Bréfritari: Þórarinn Stefánsson
Dagsetning: A-1932-10-11
Skrifað á: Vesturheimi

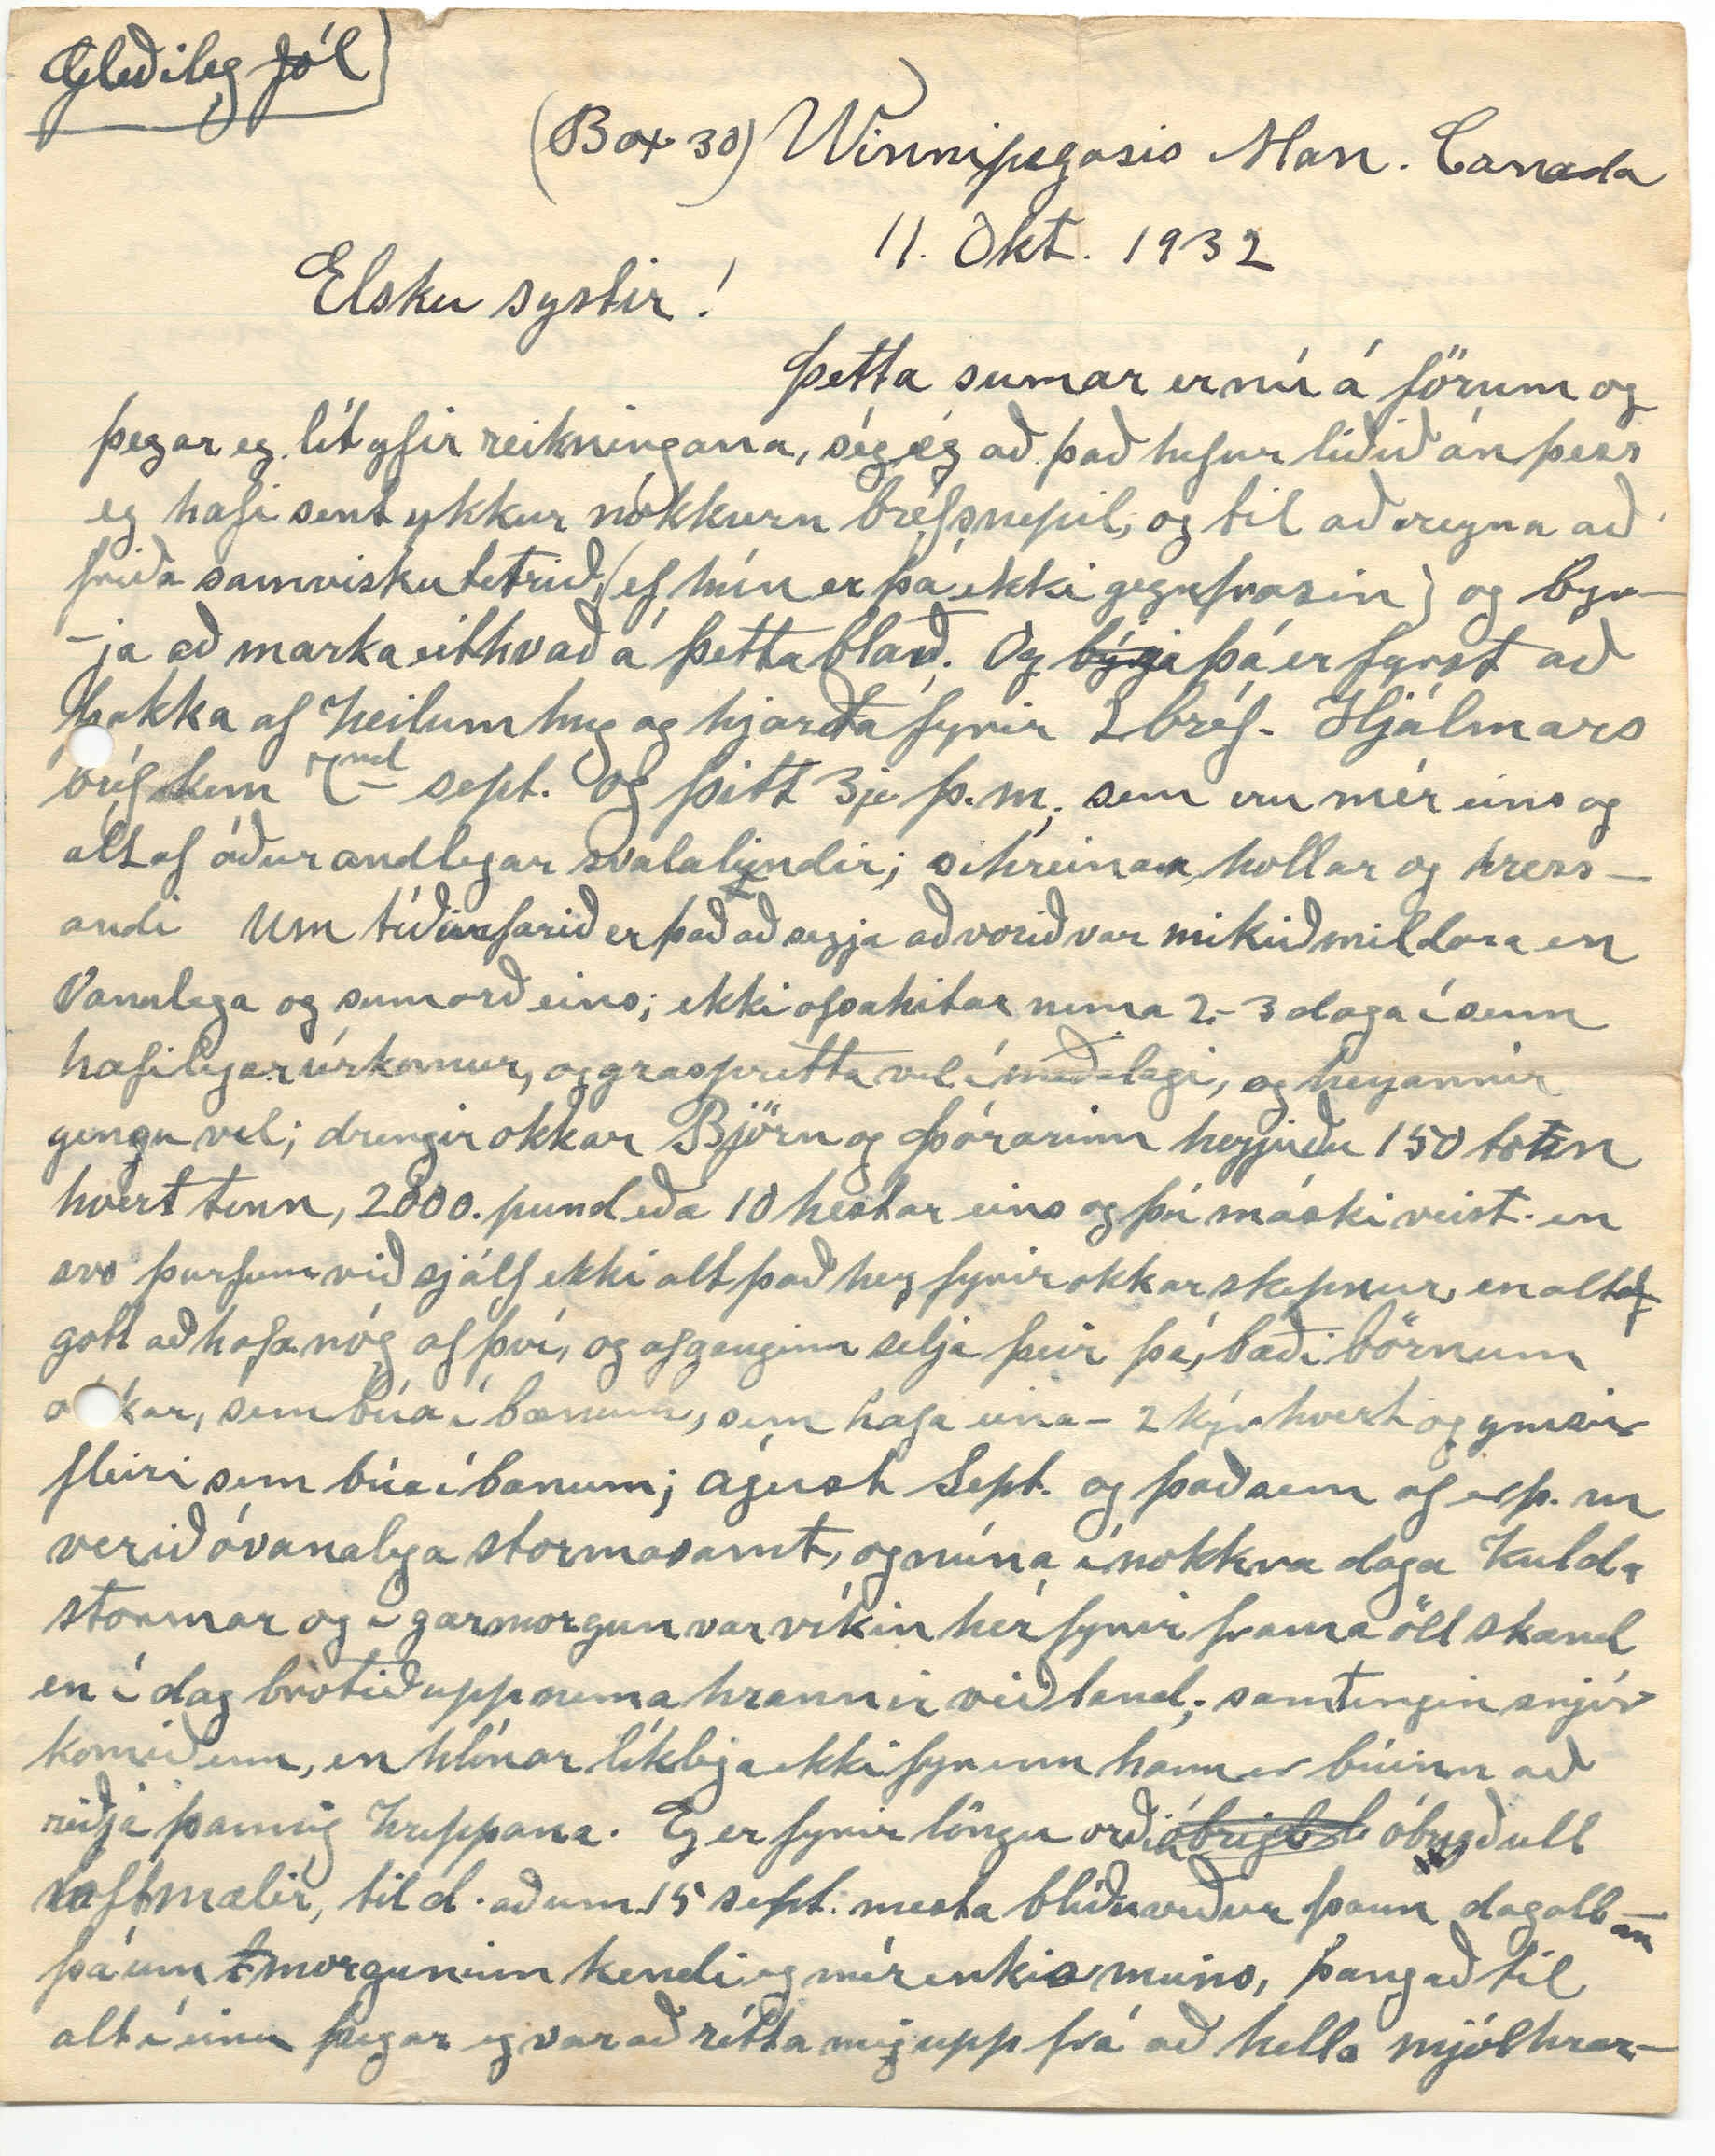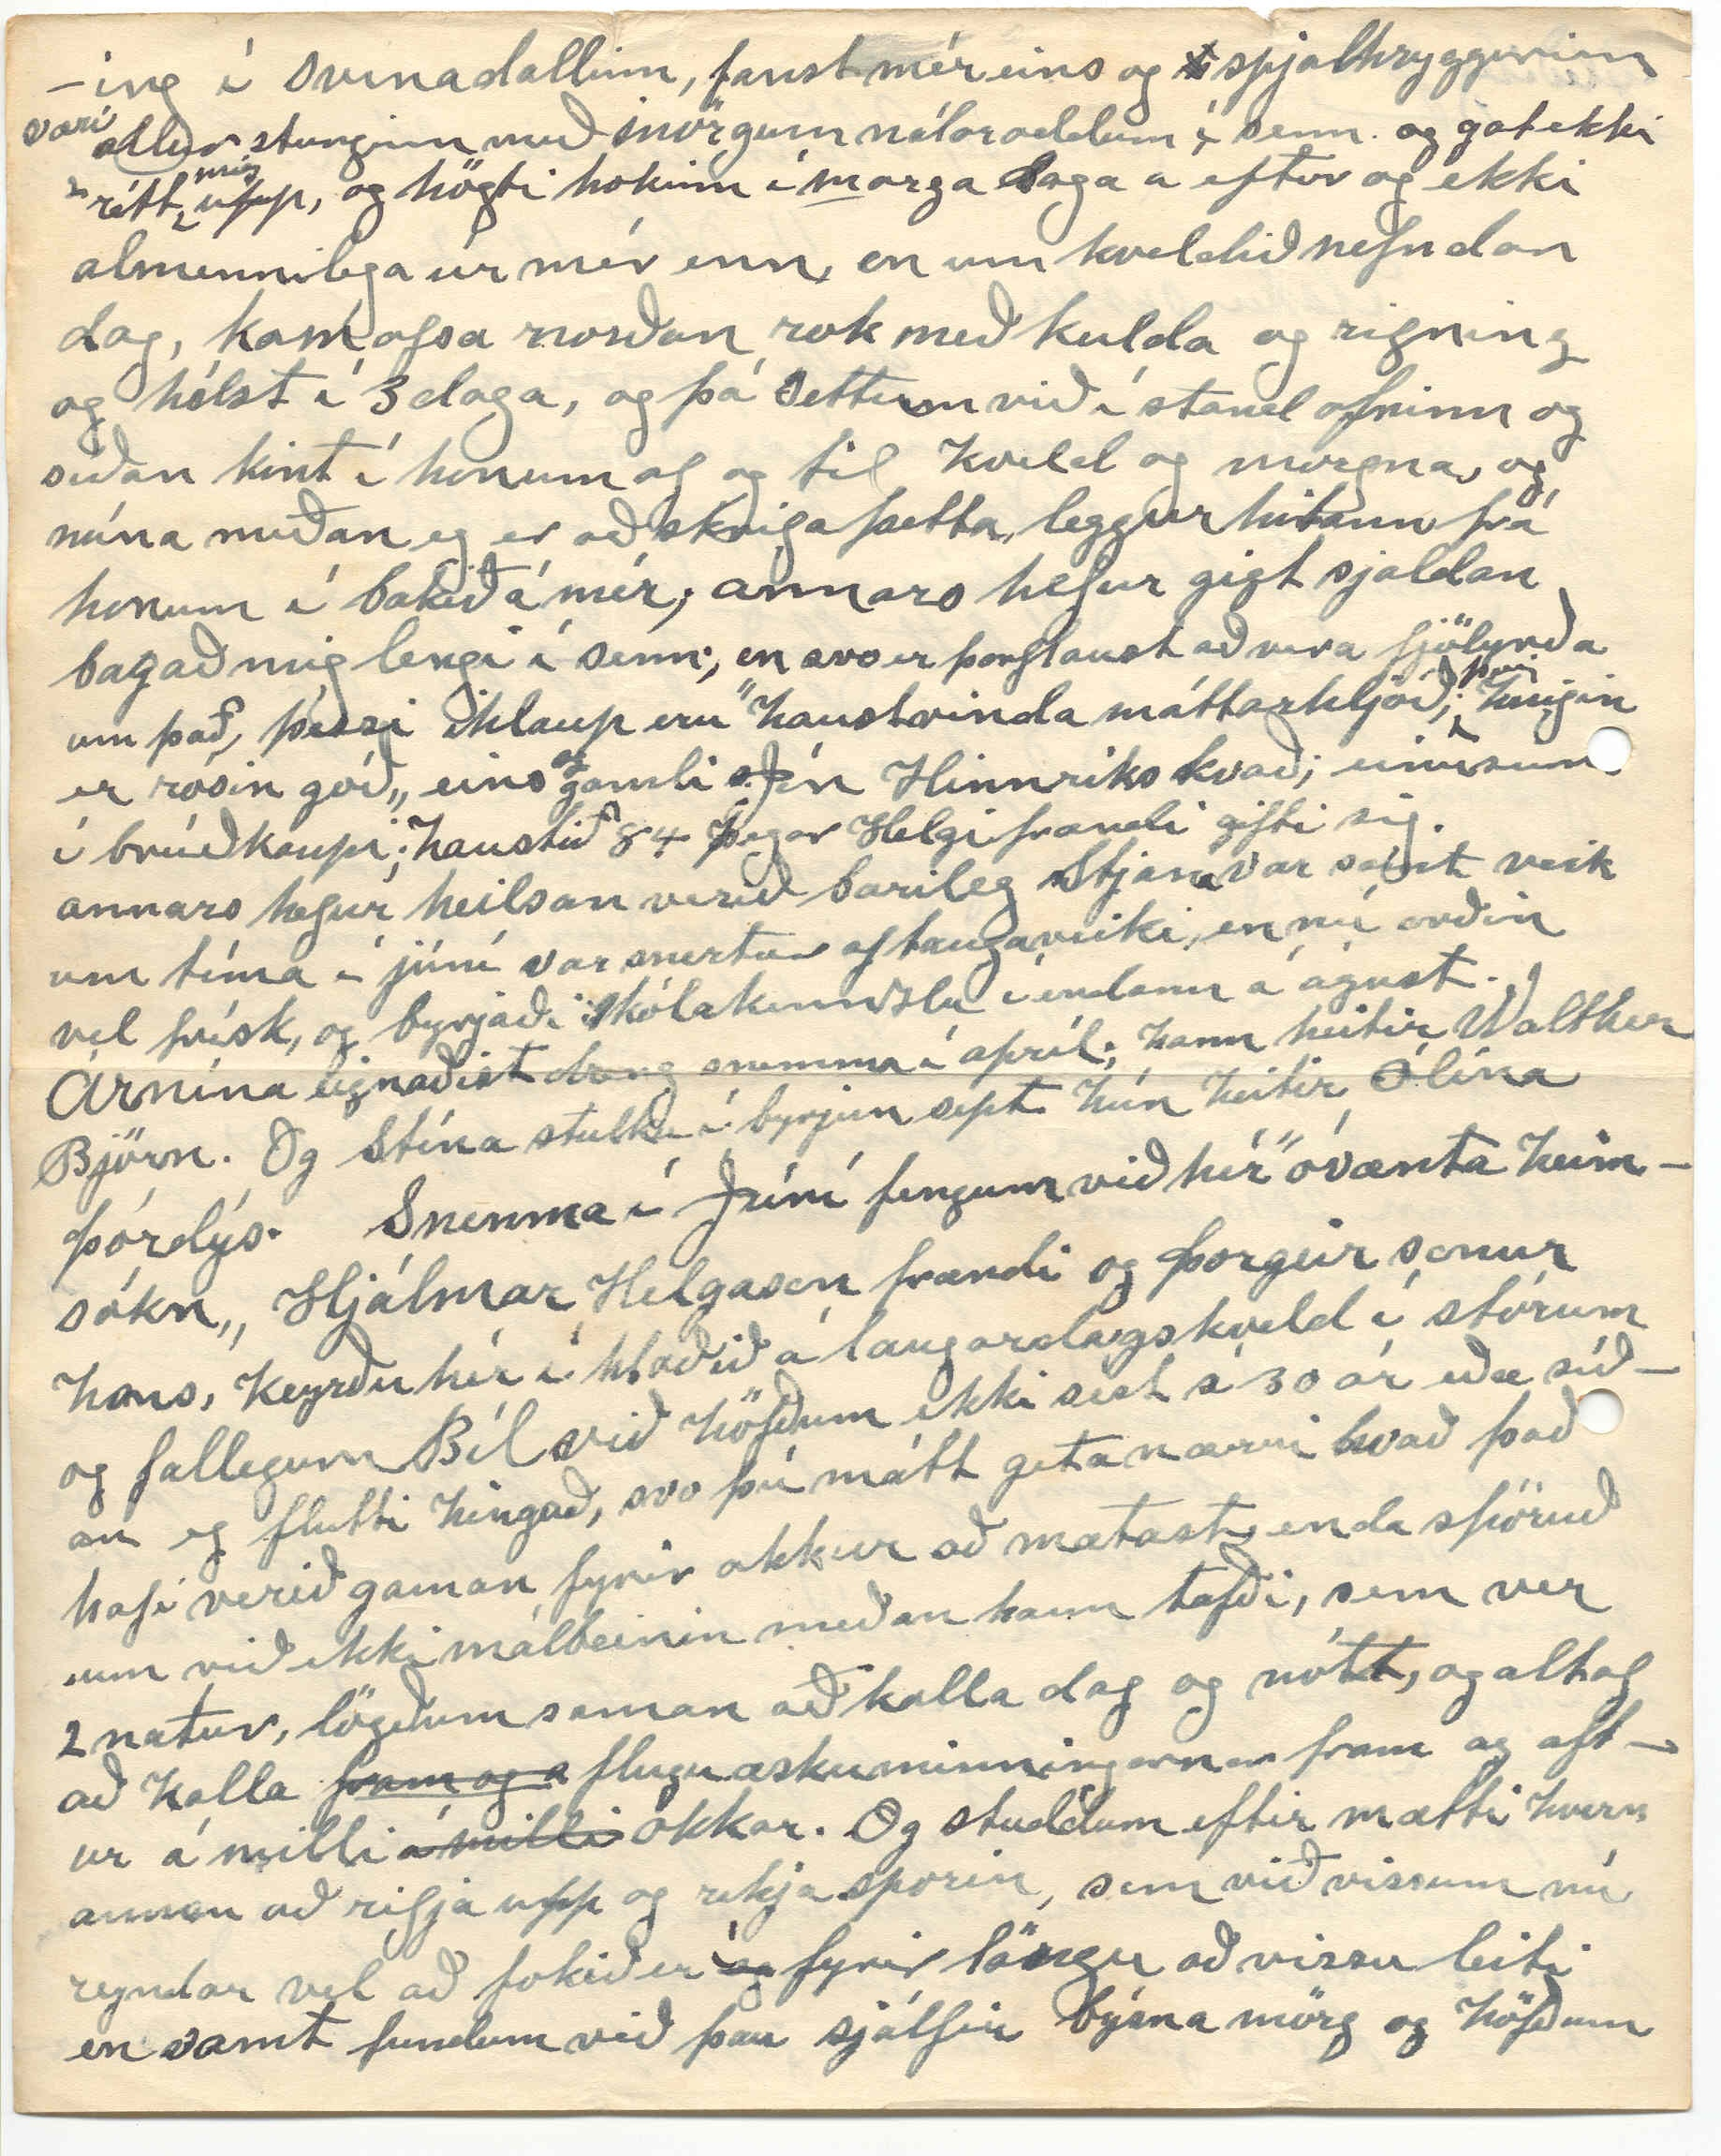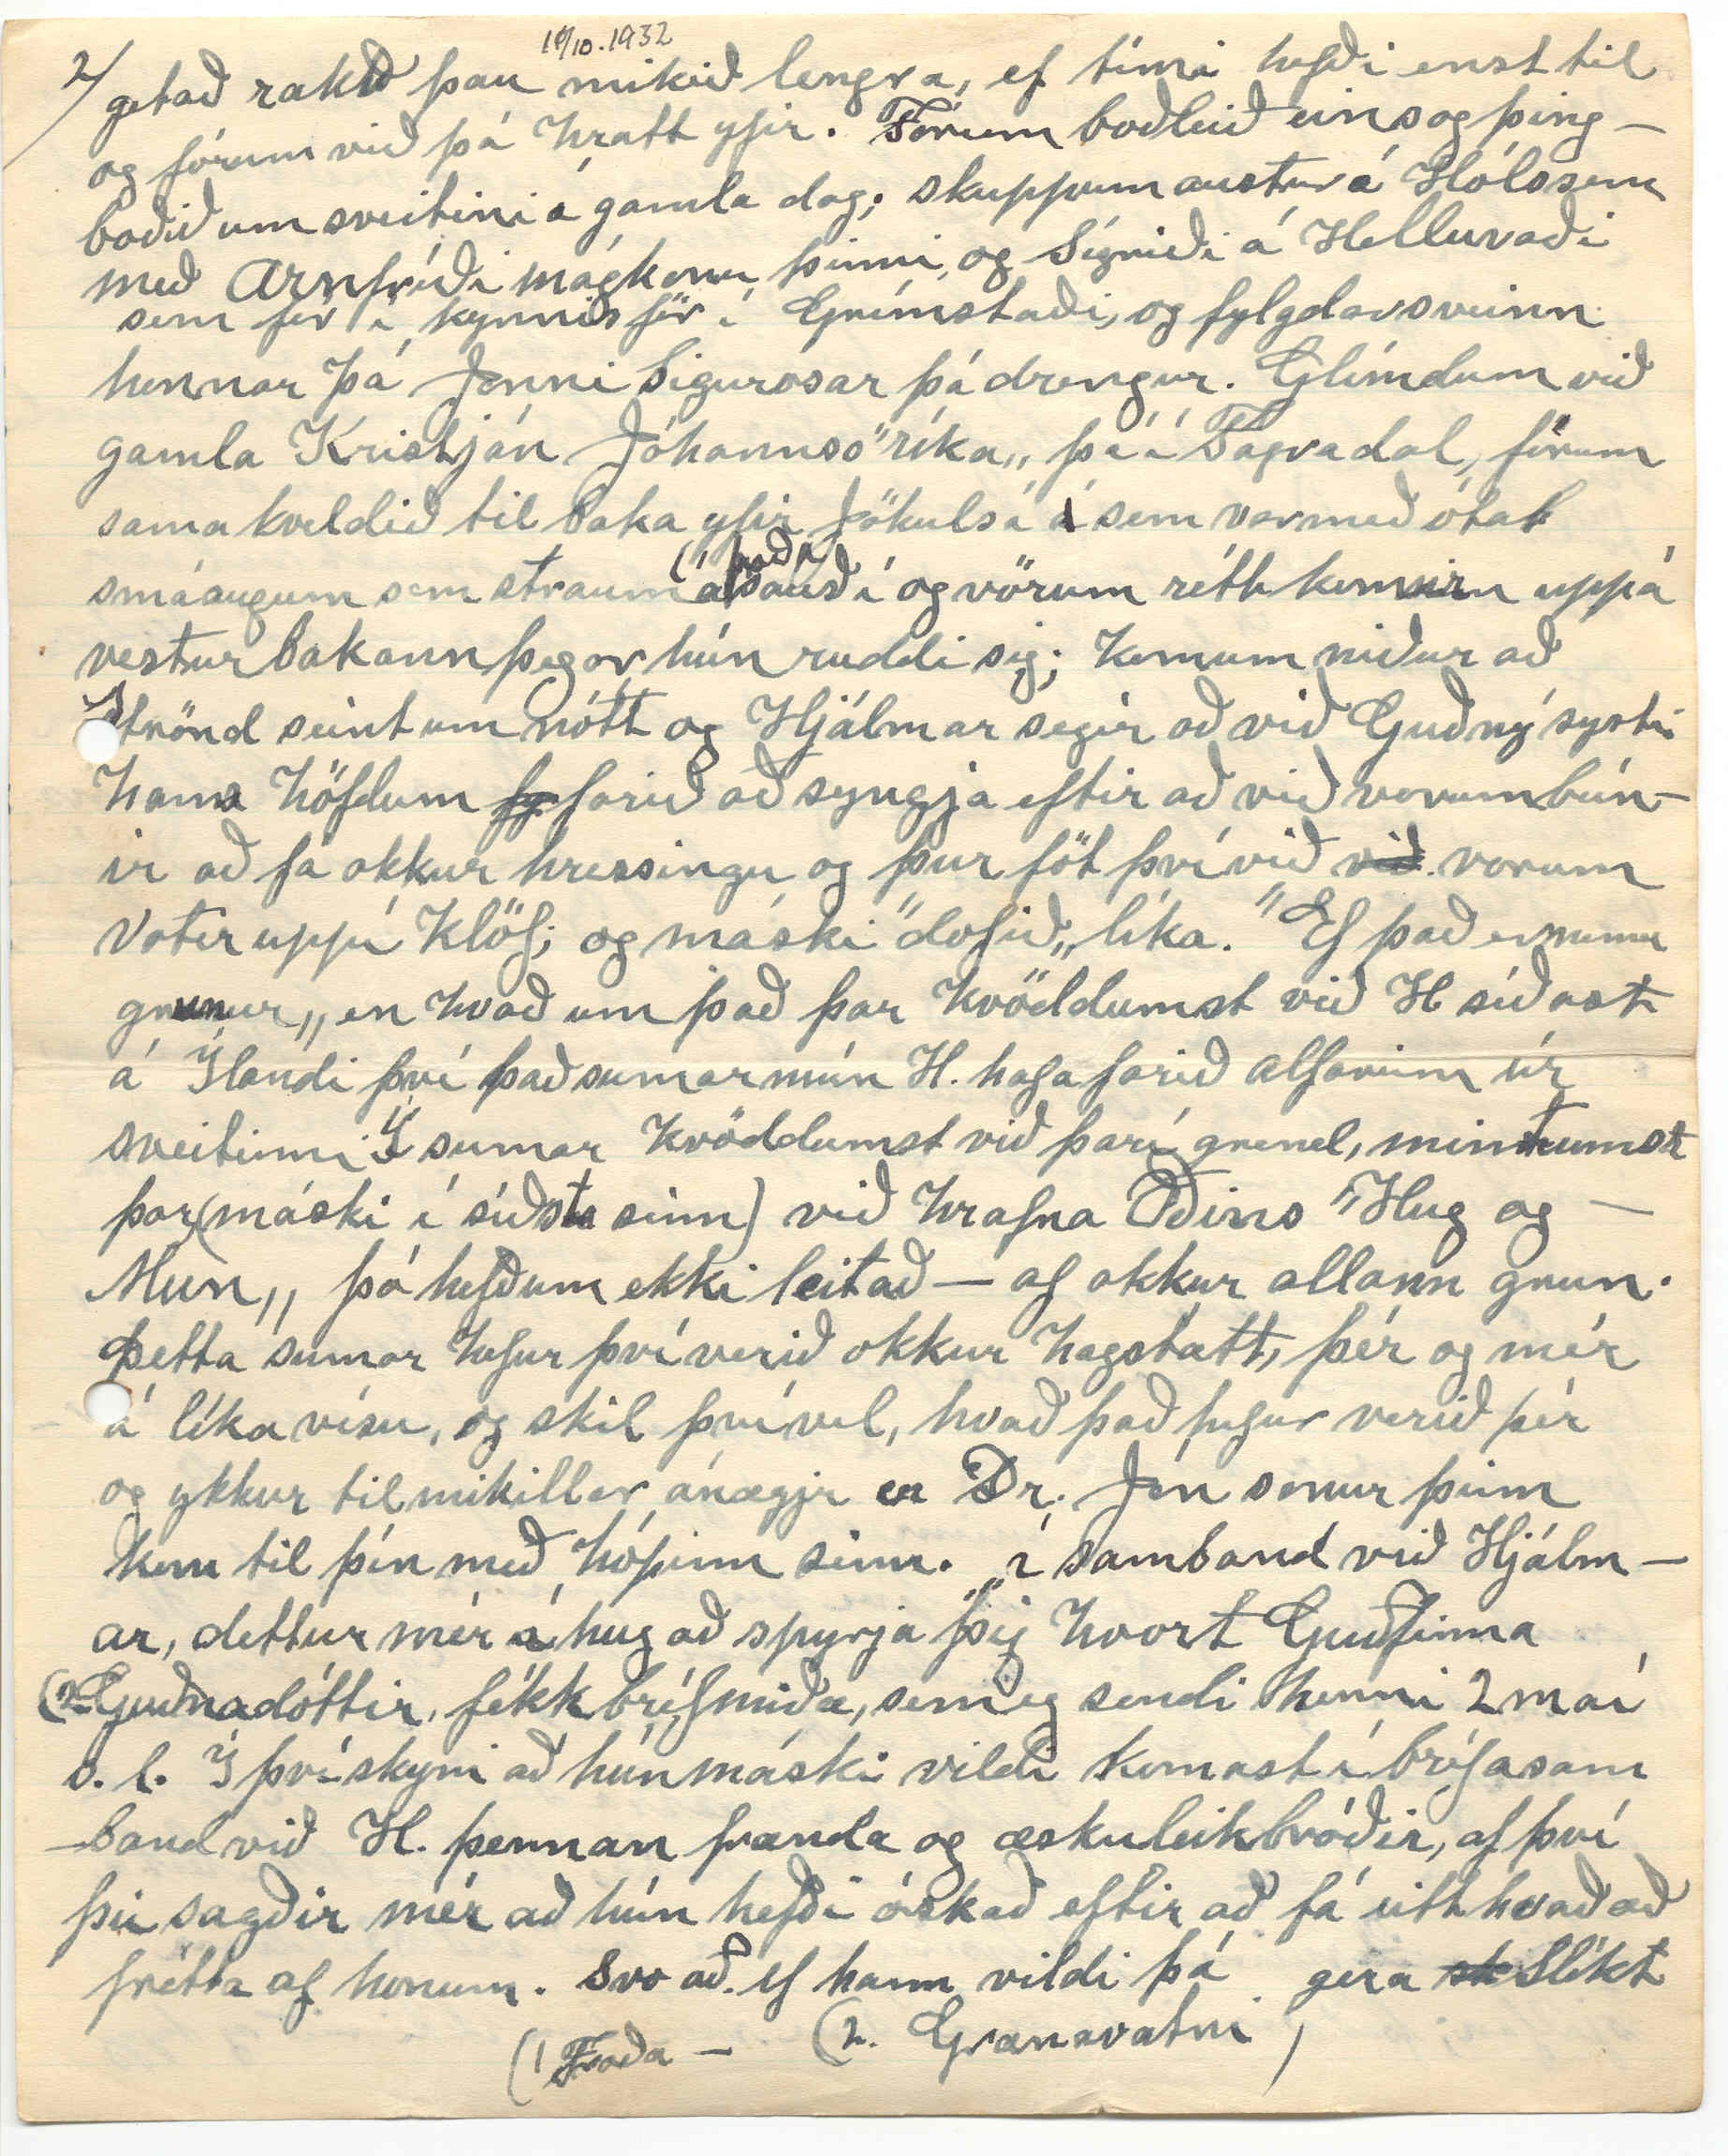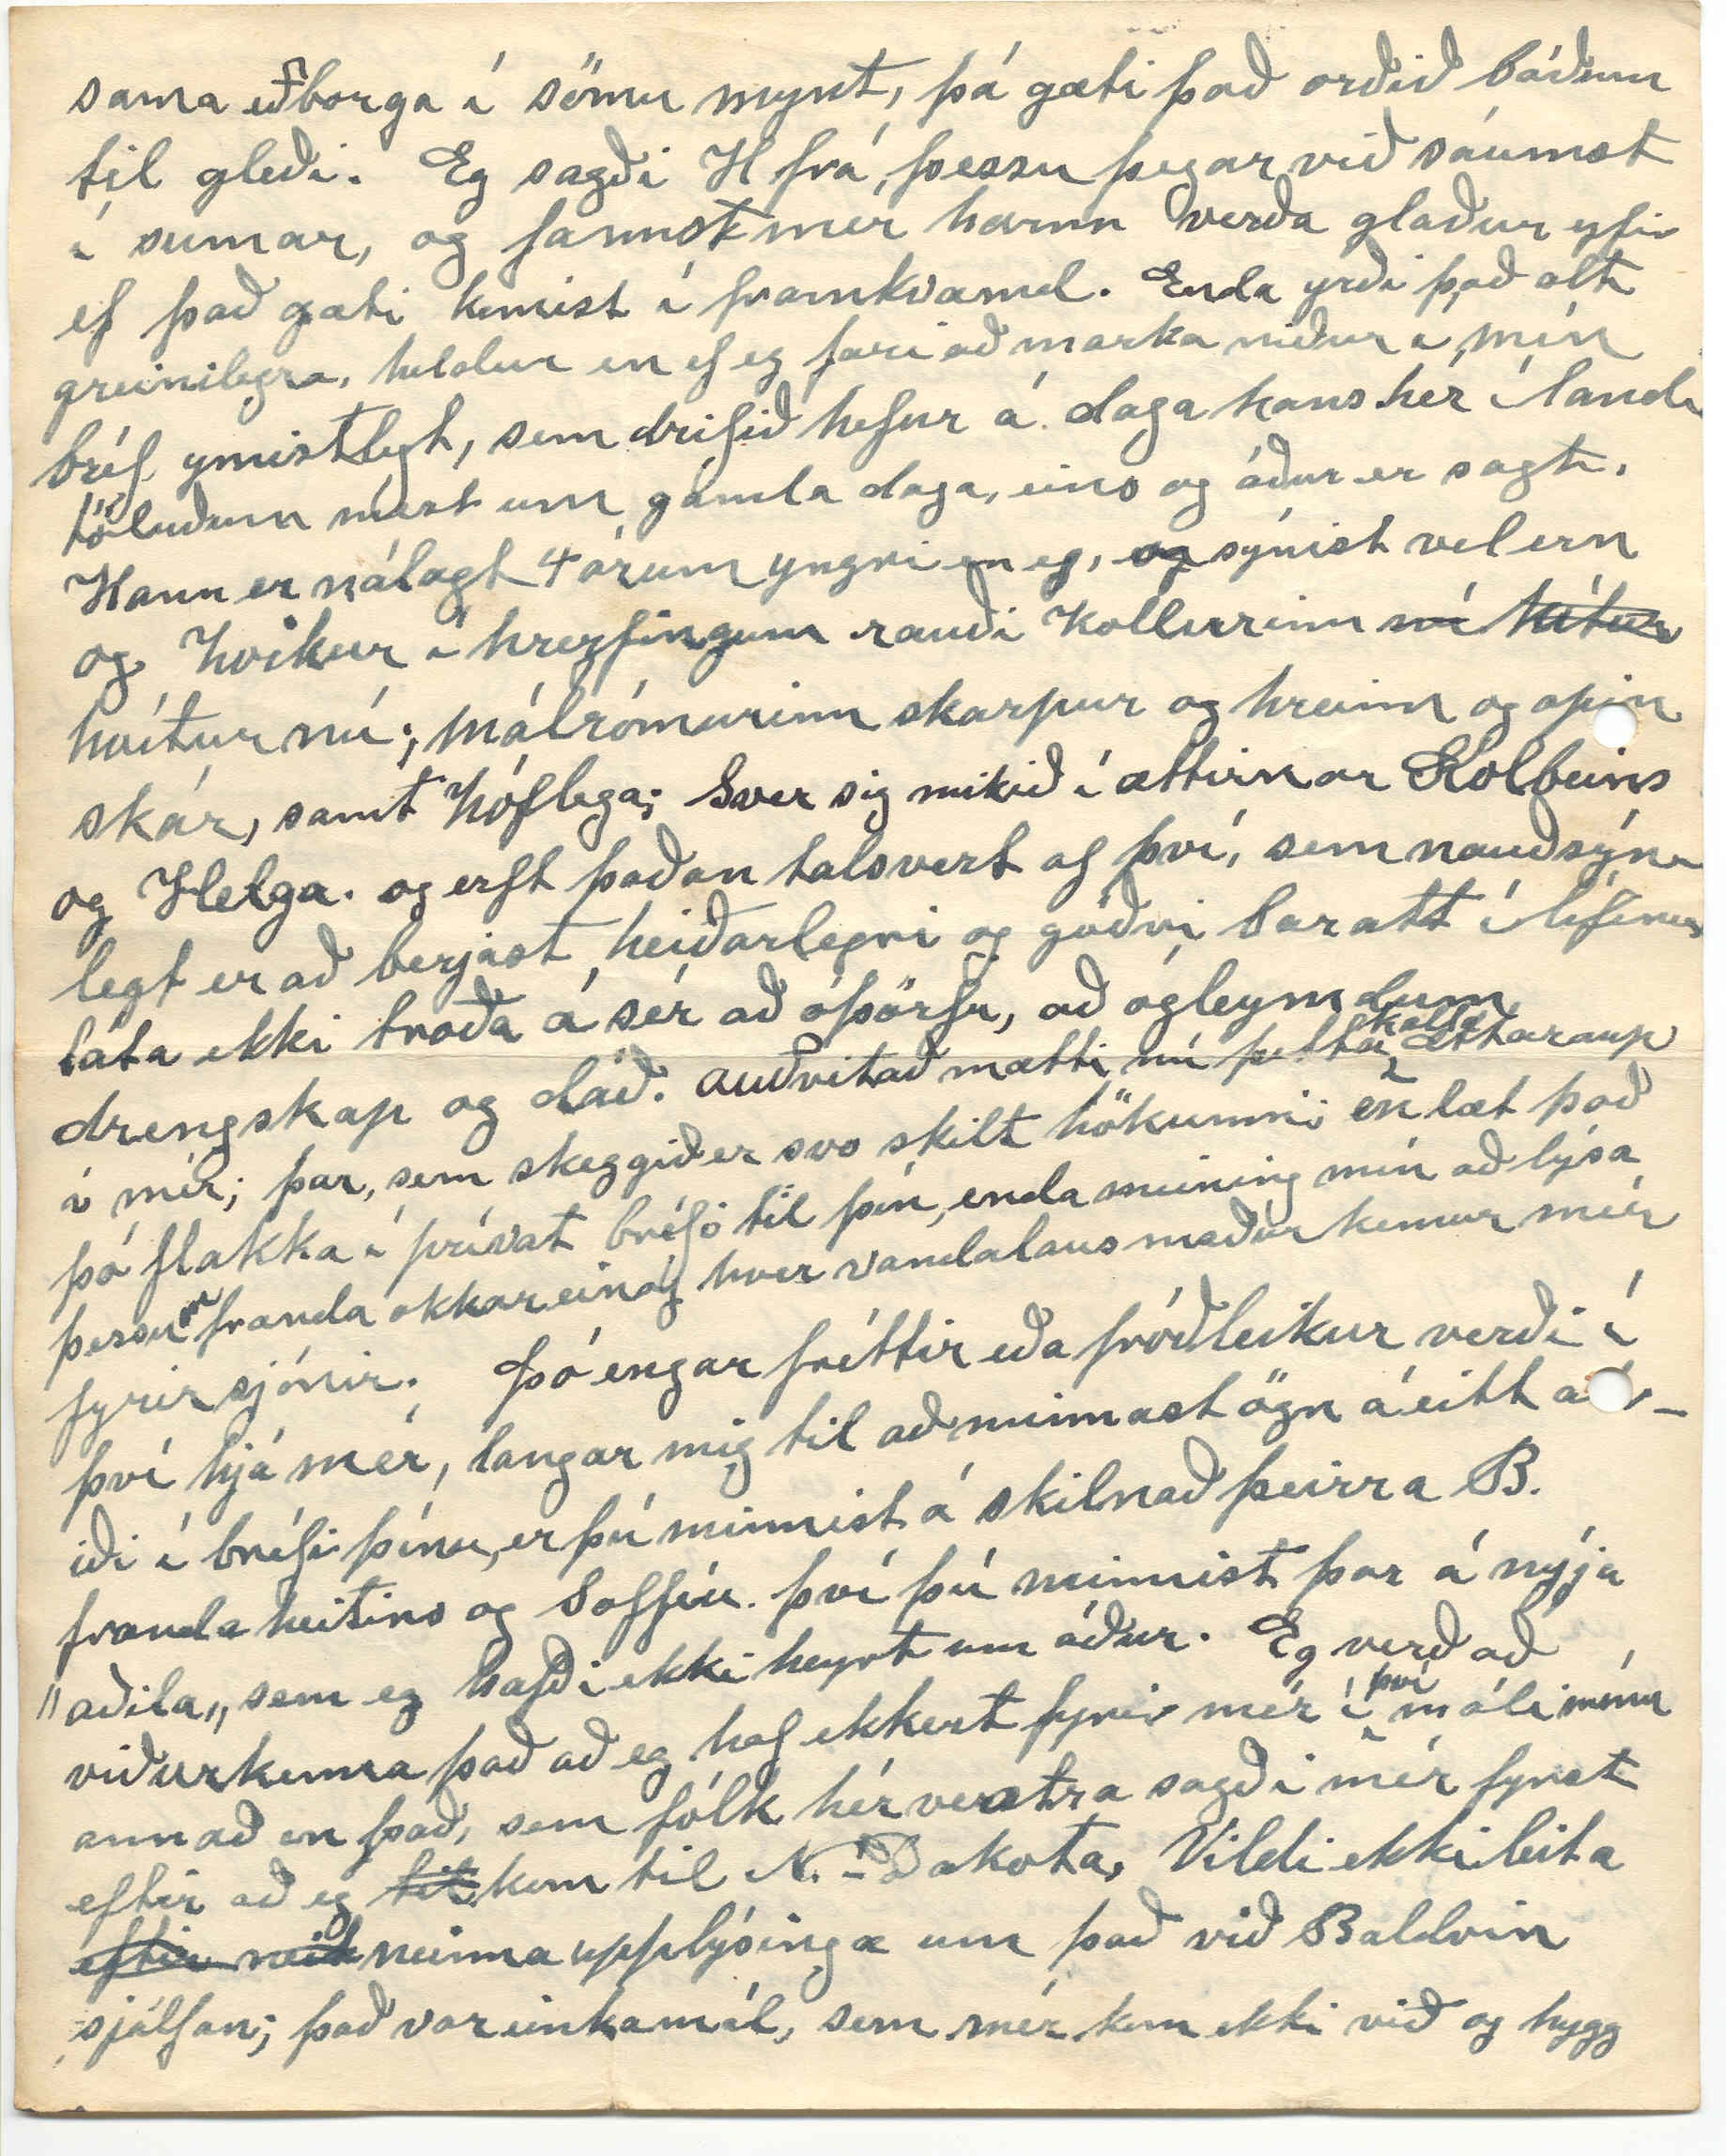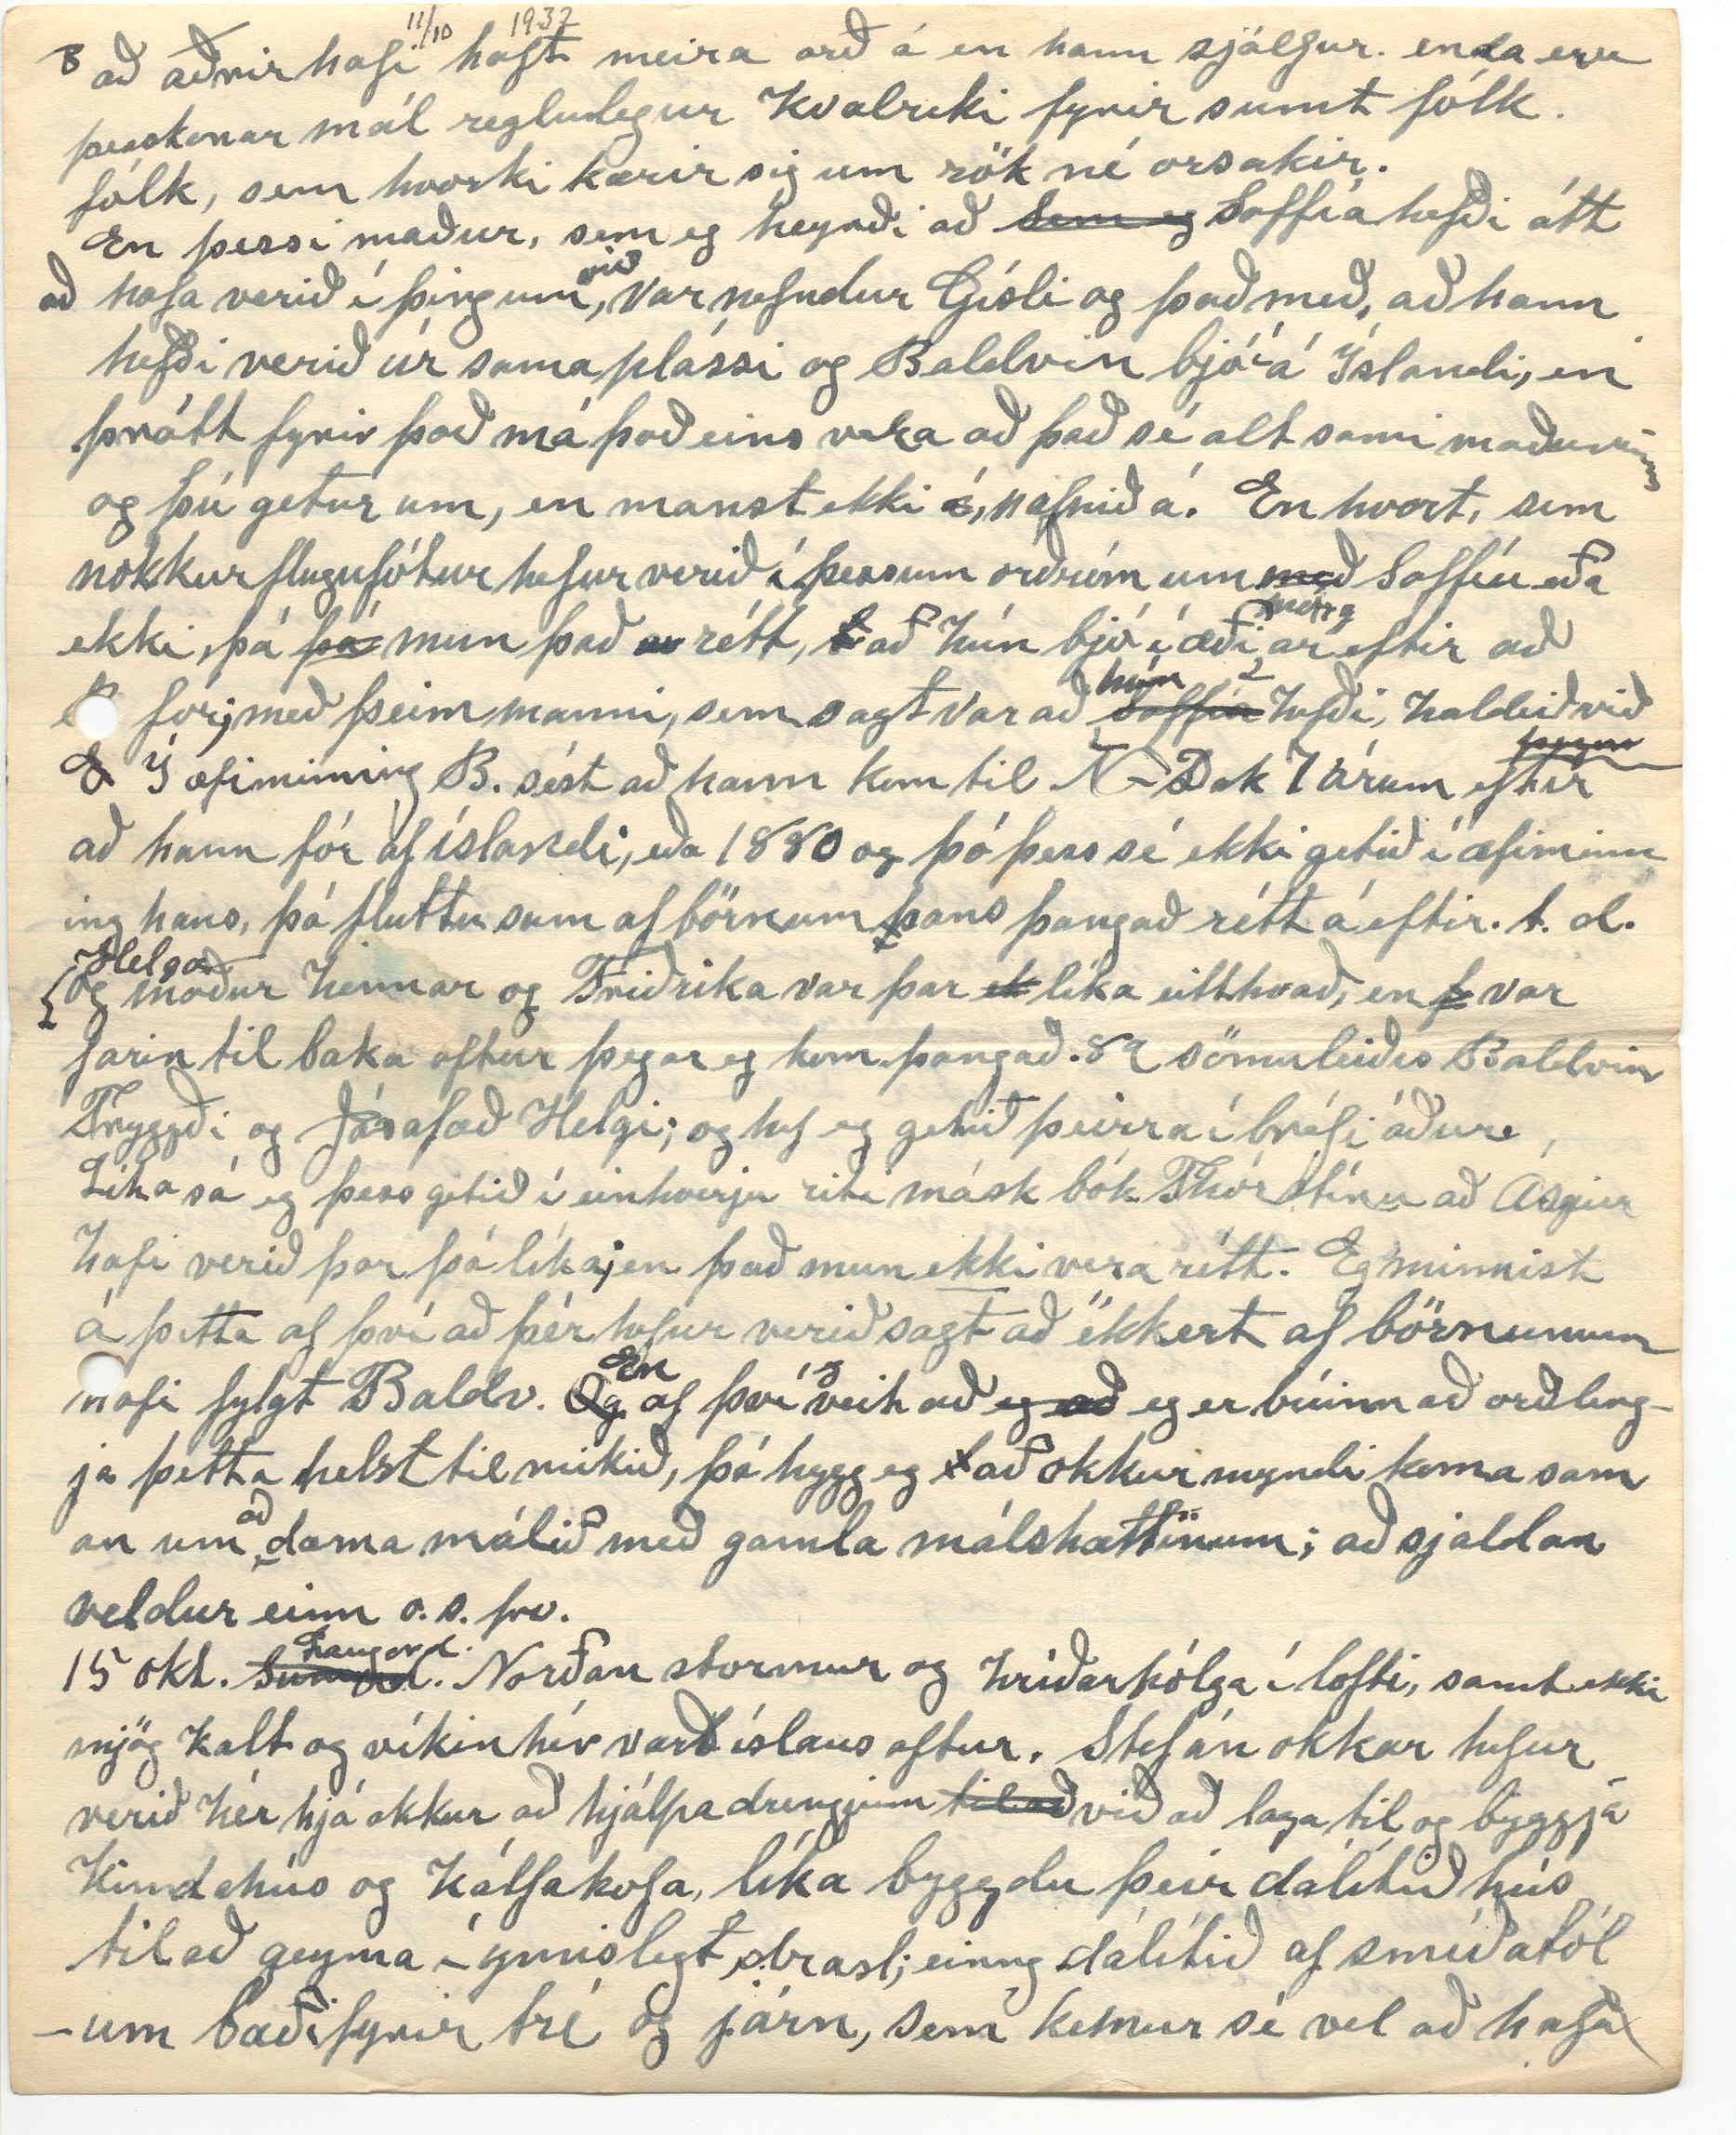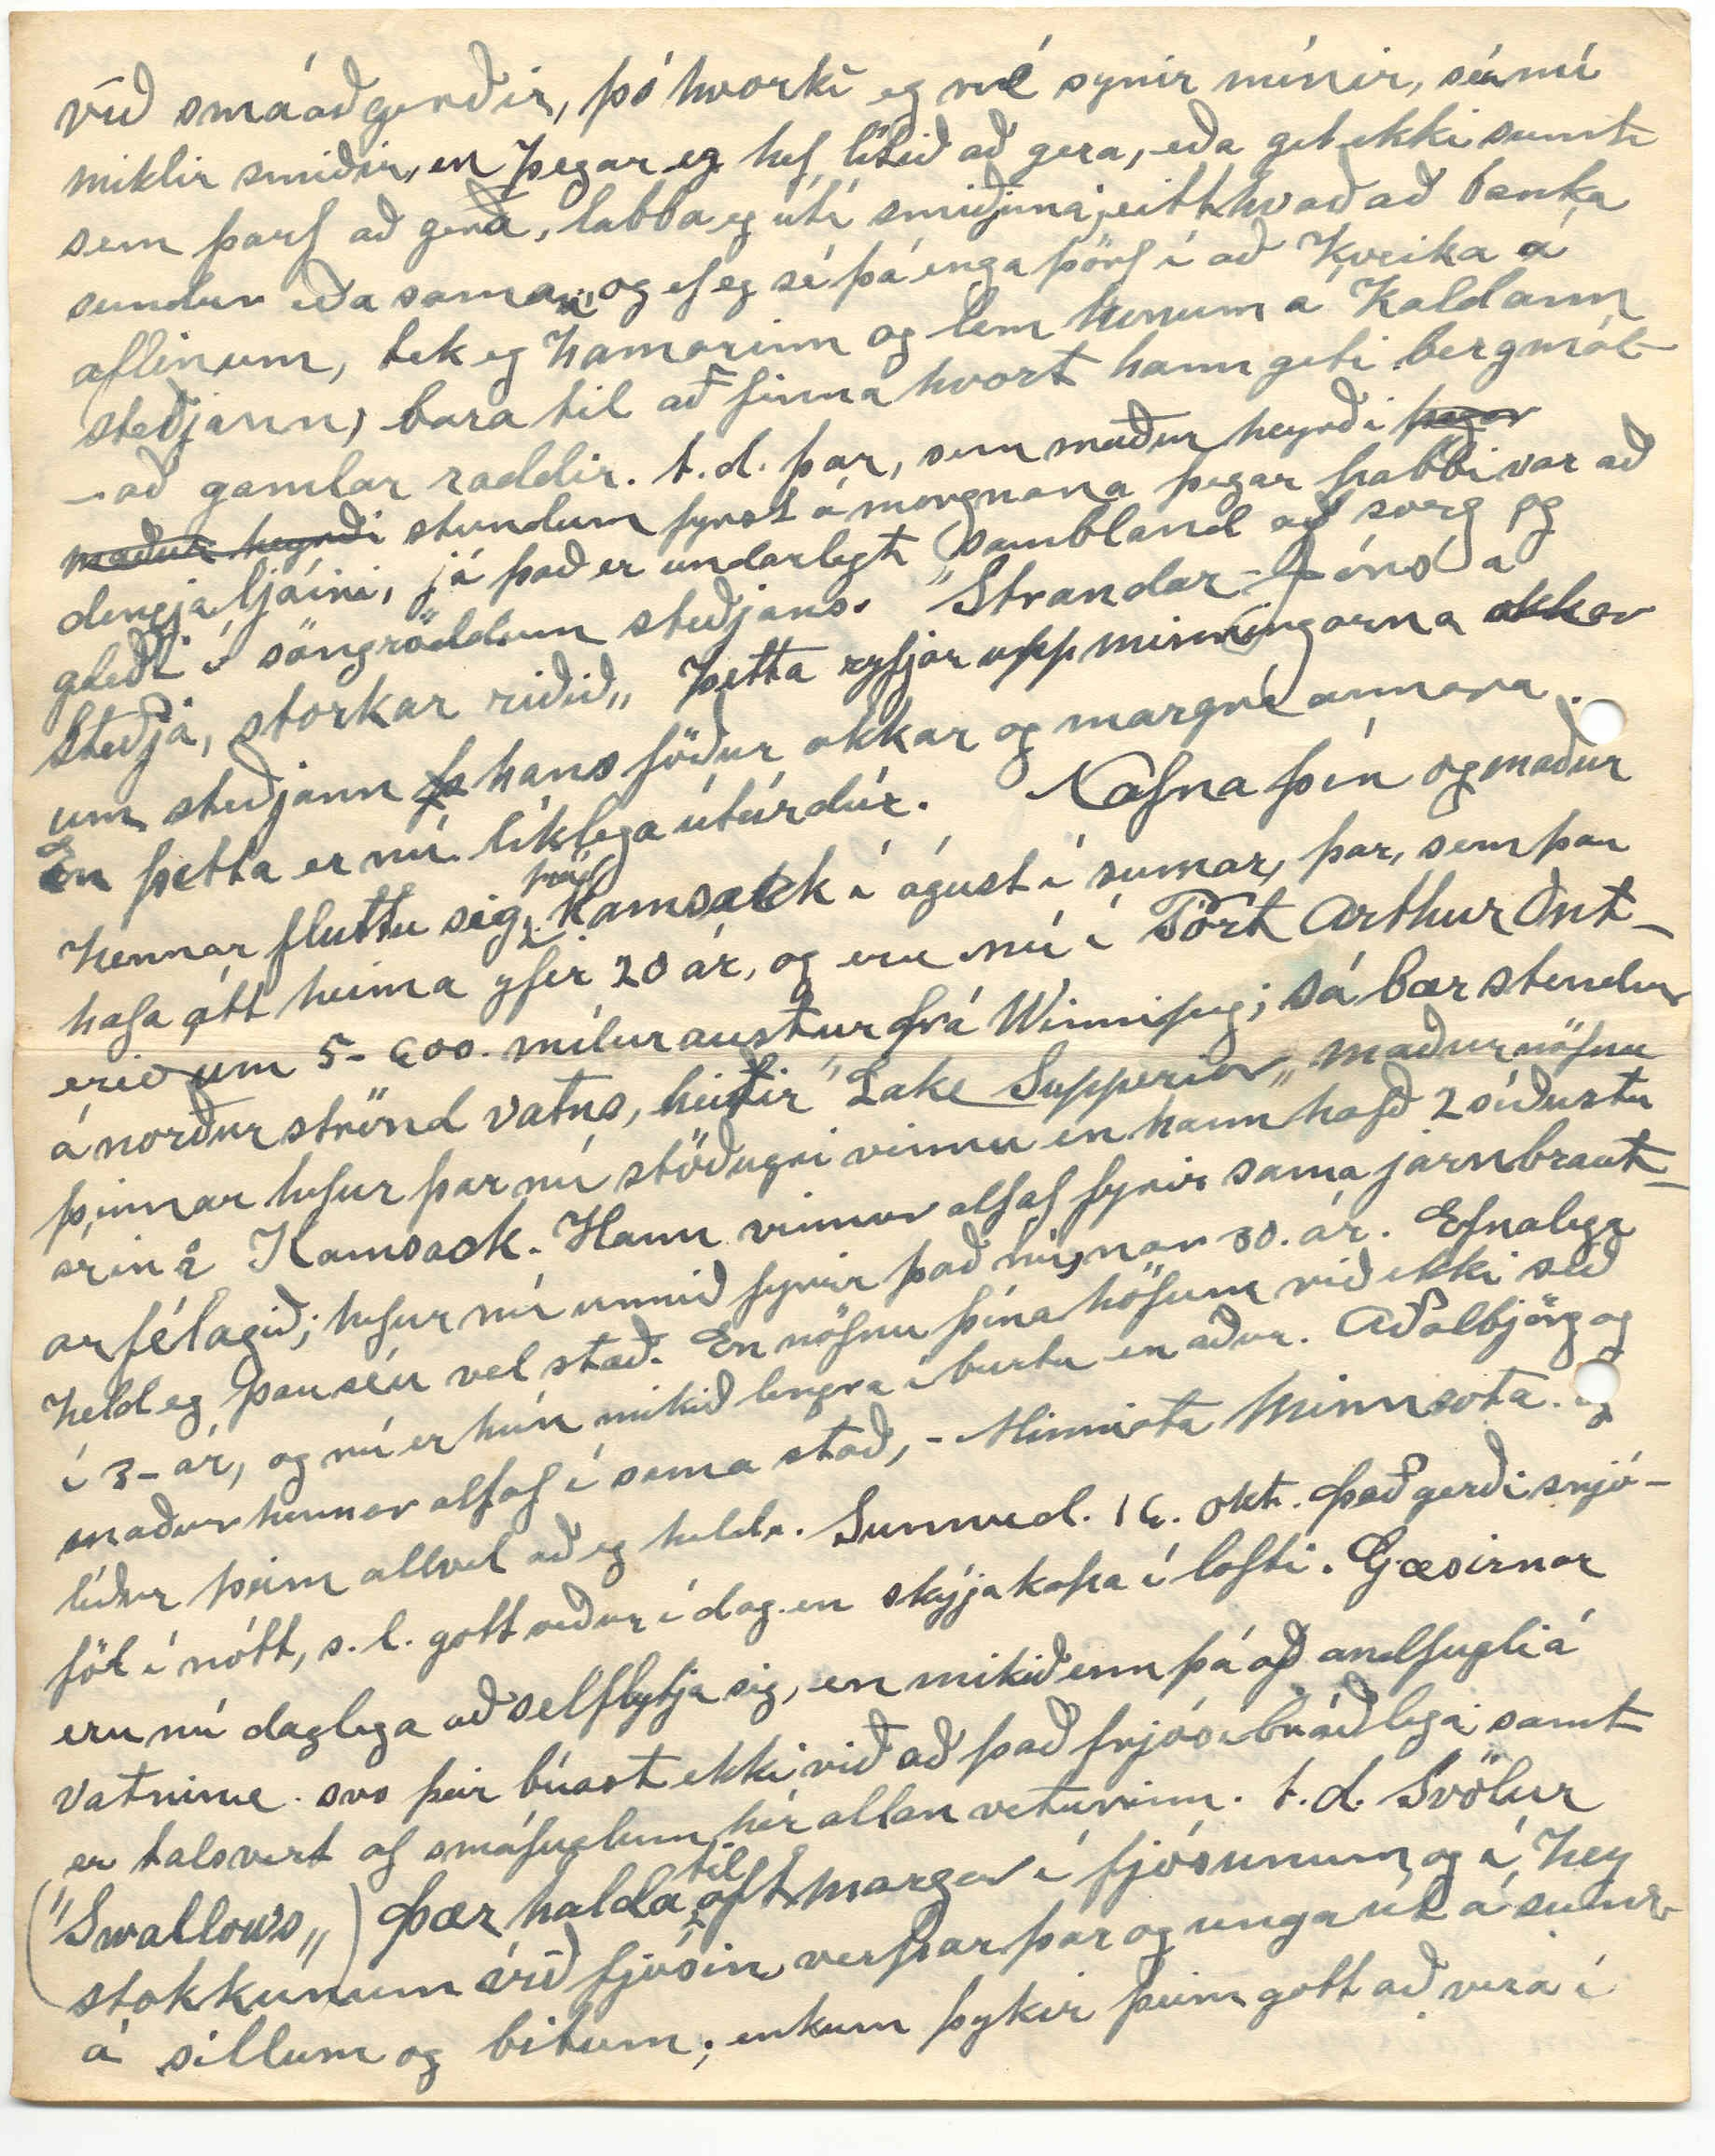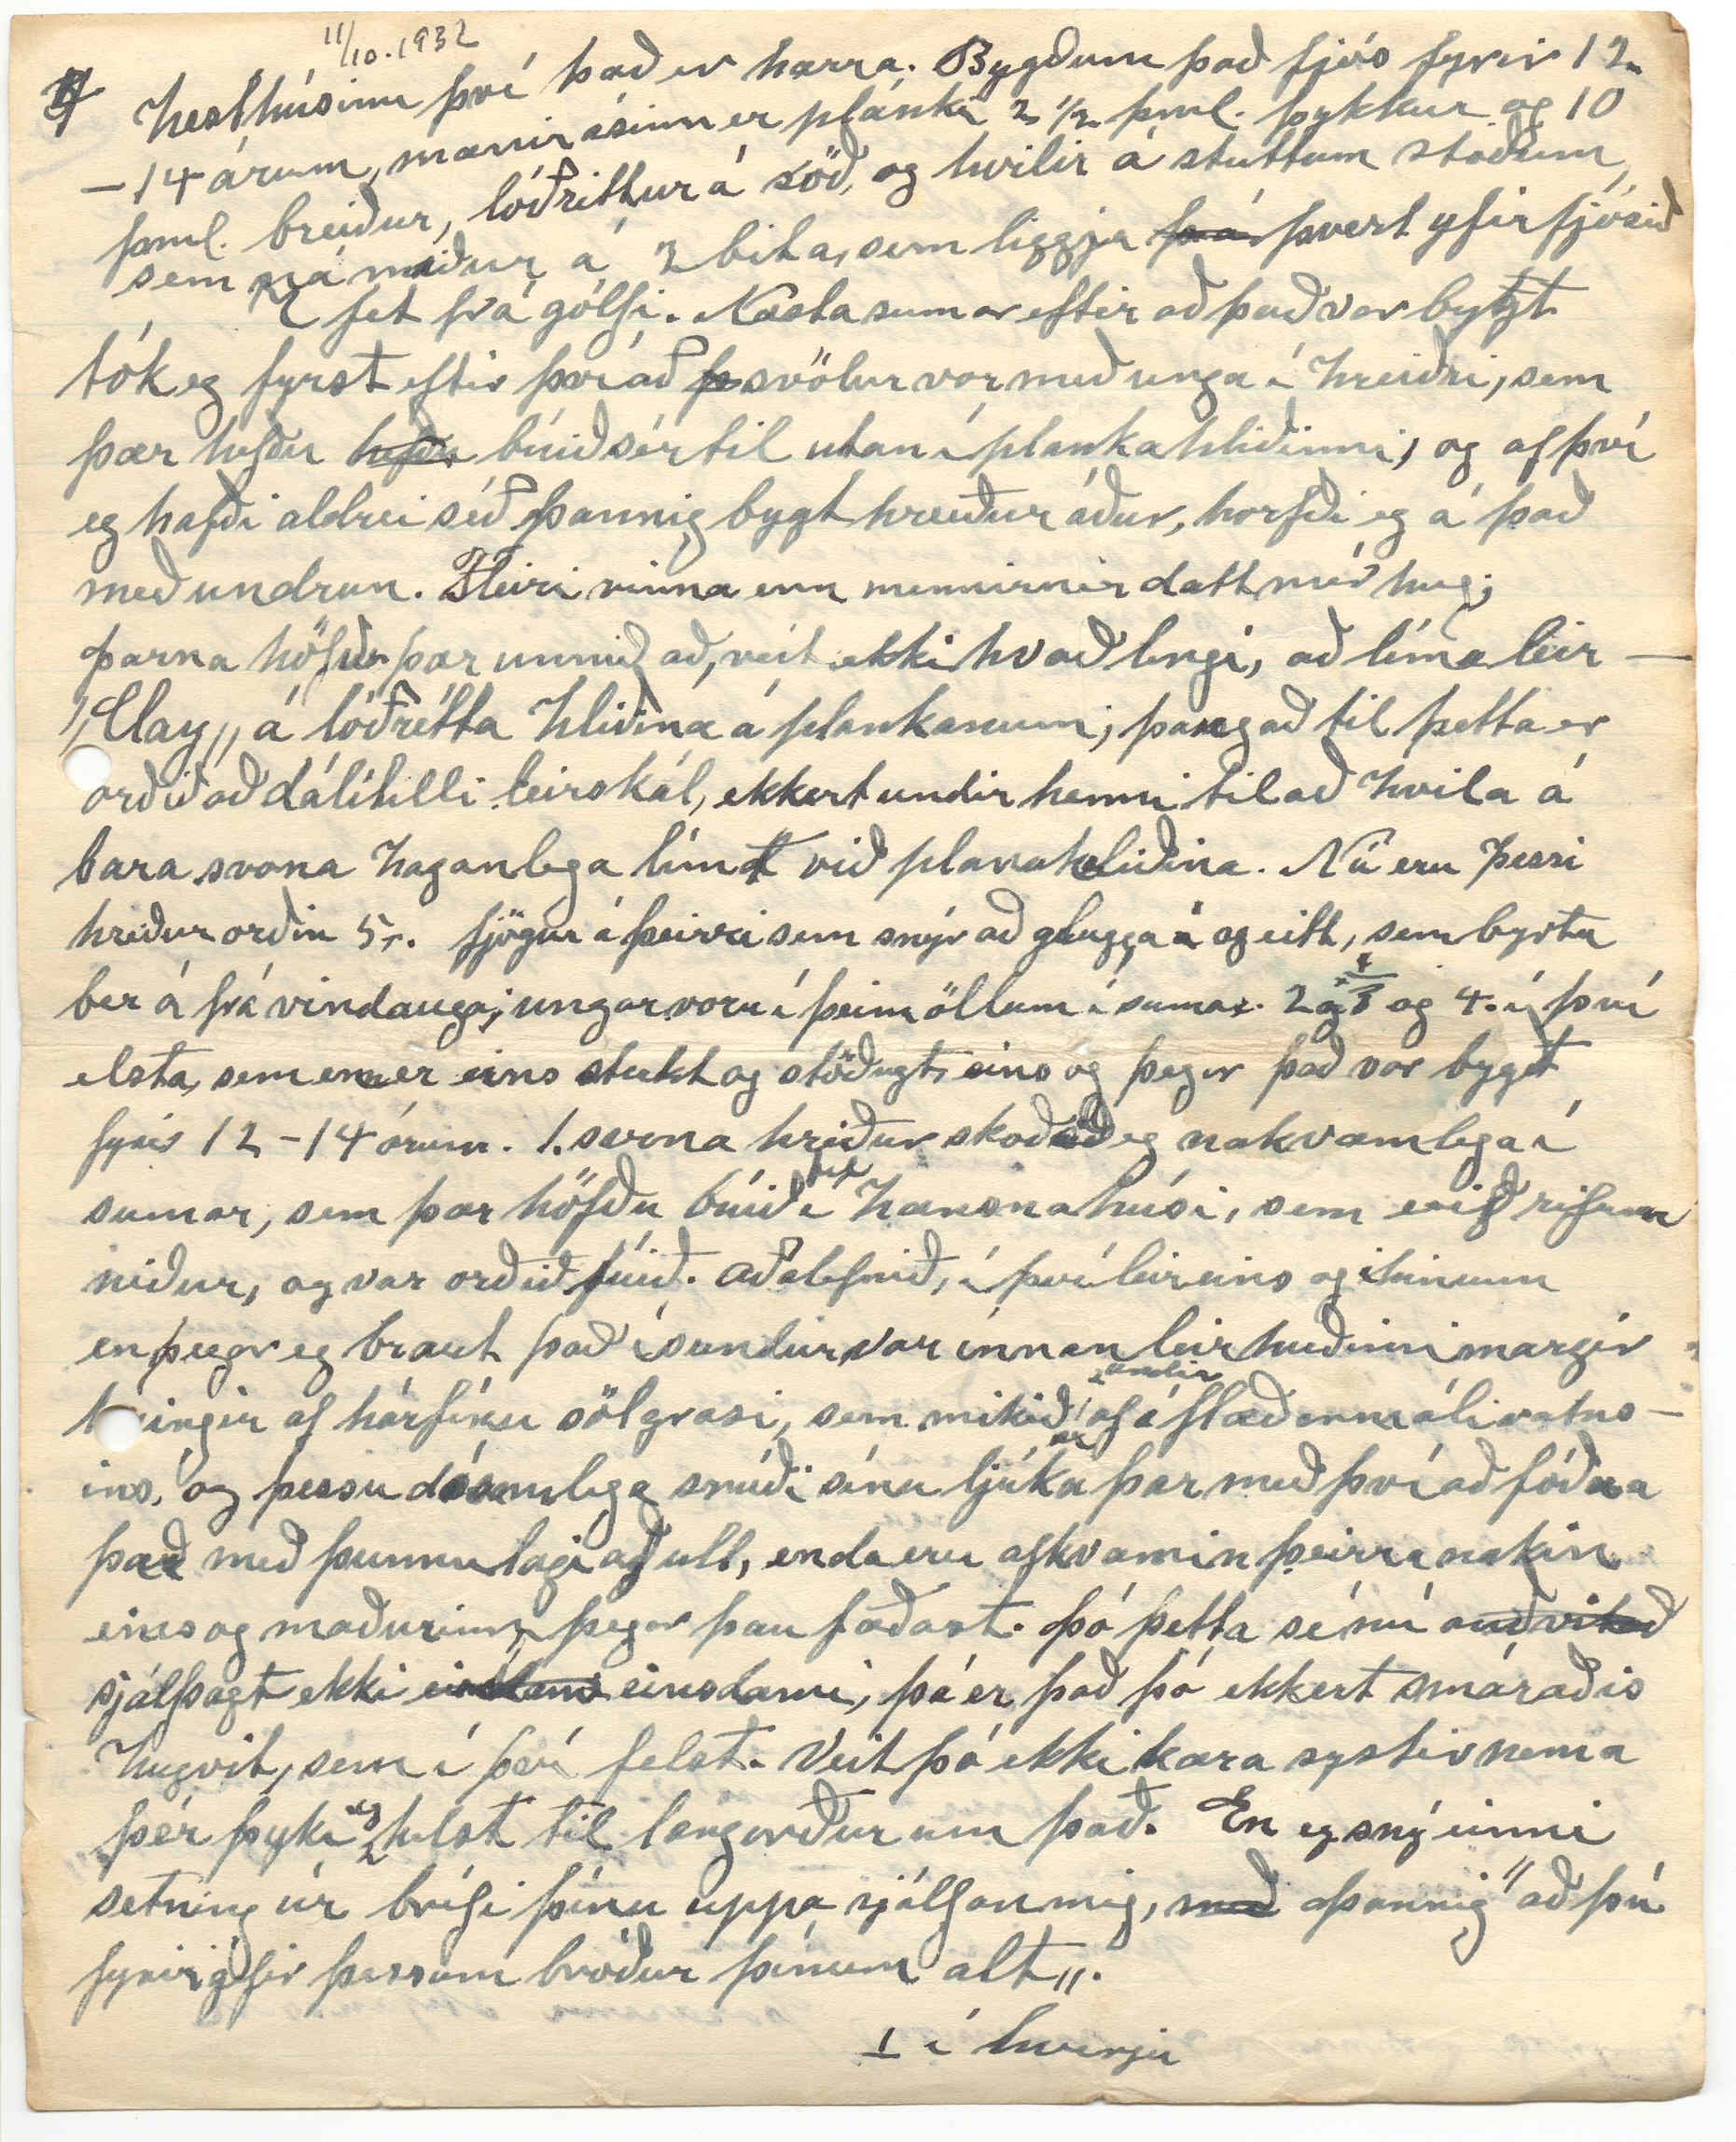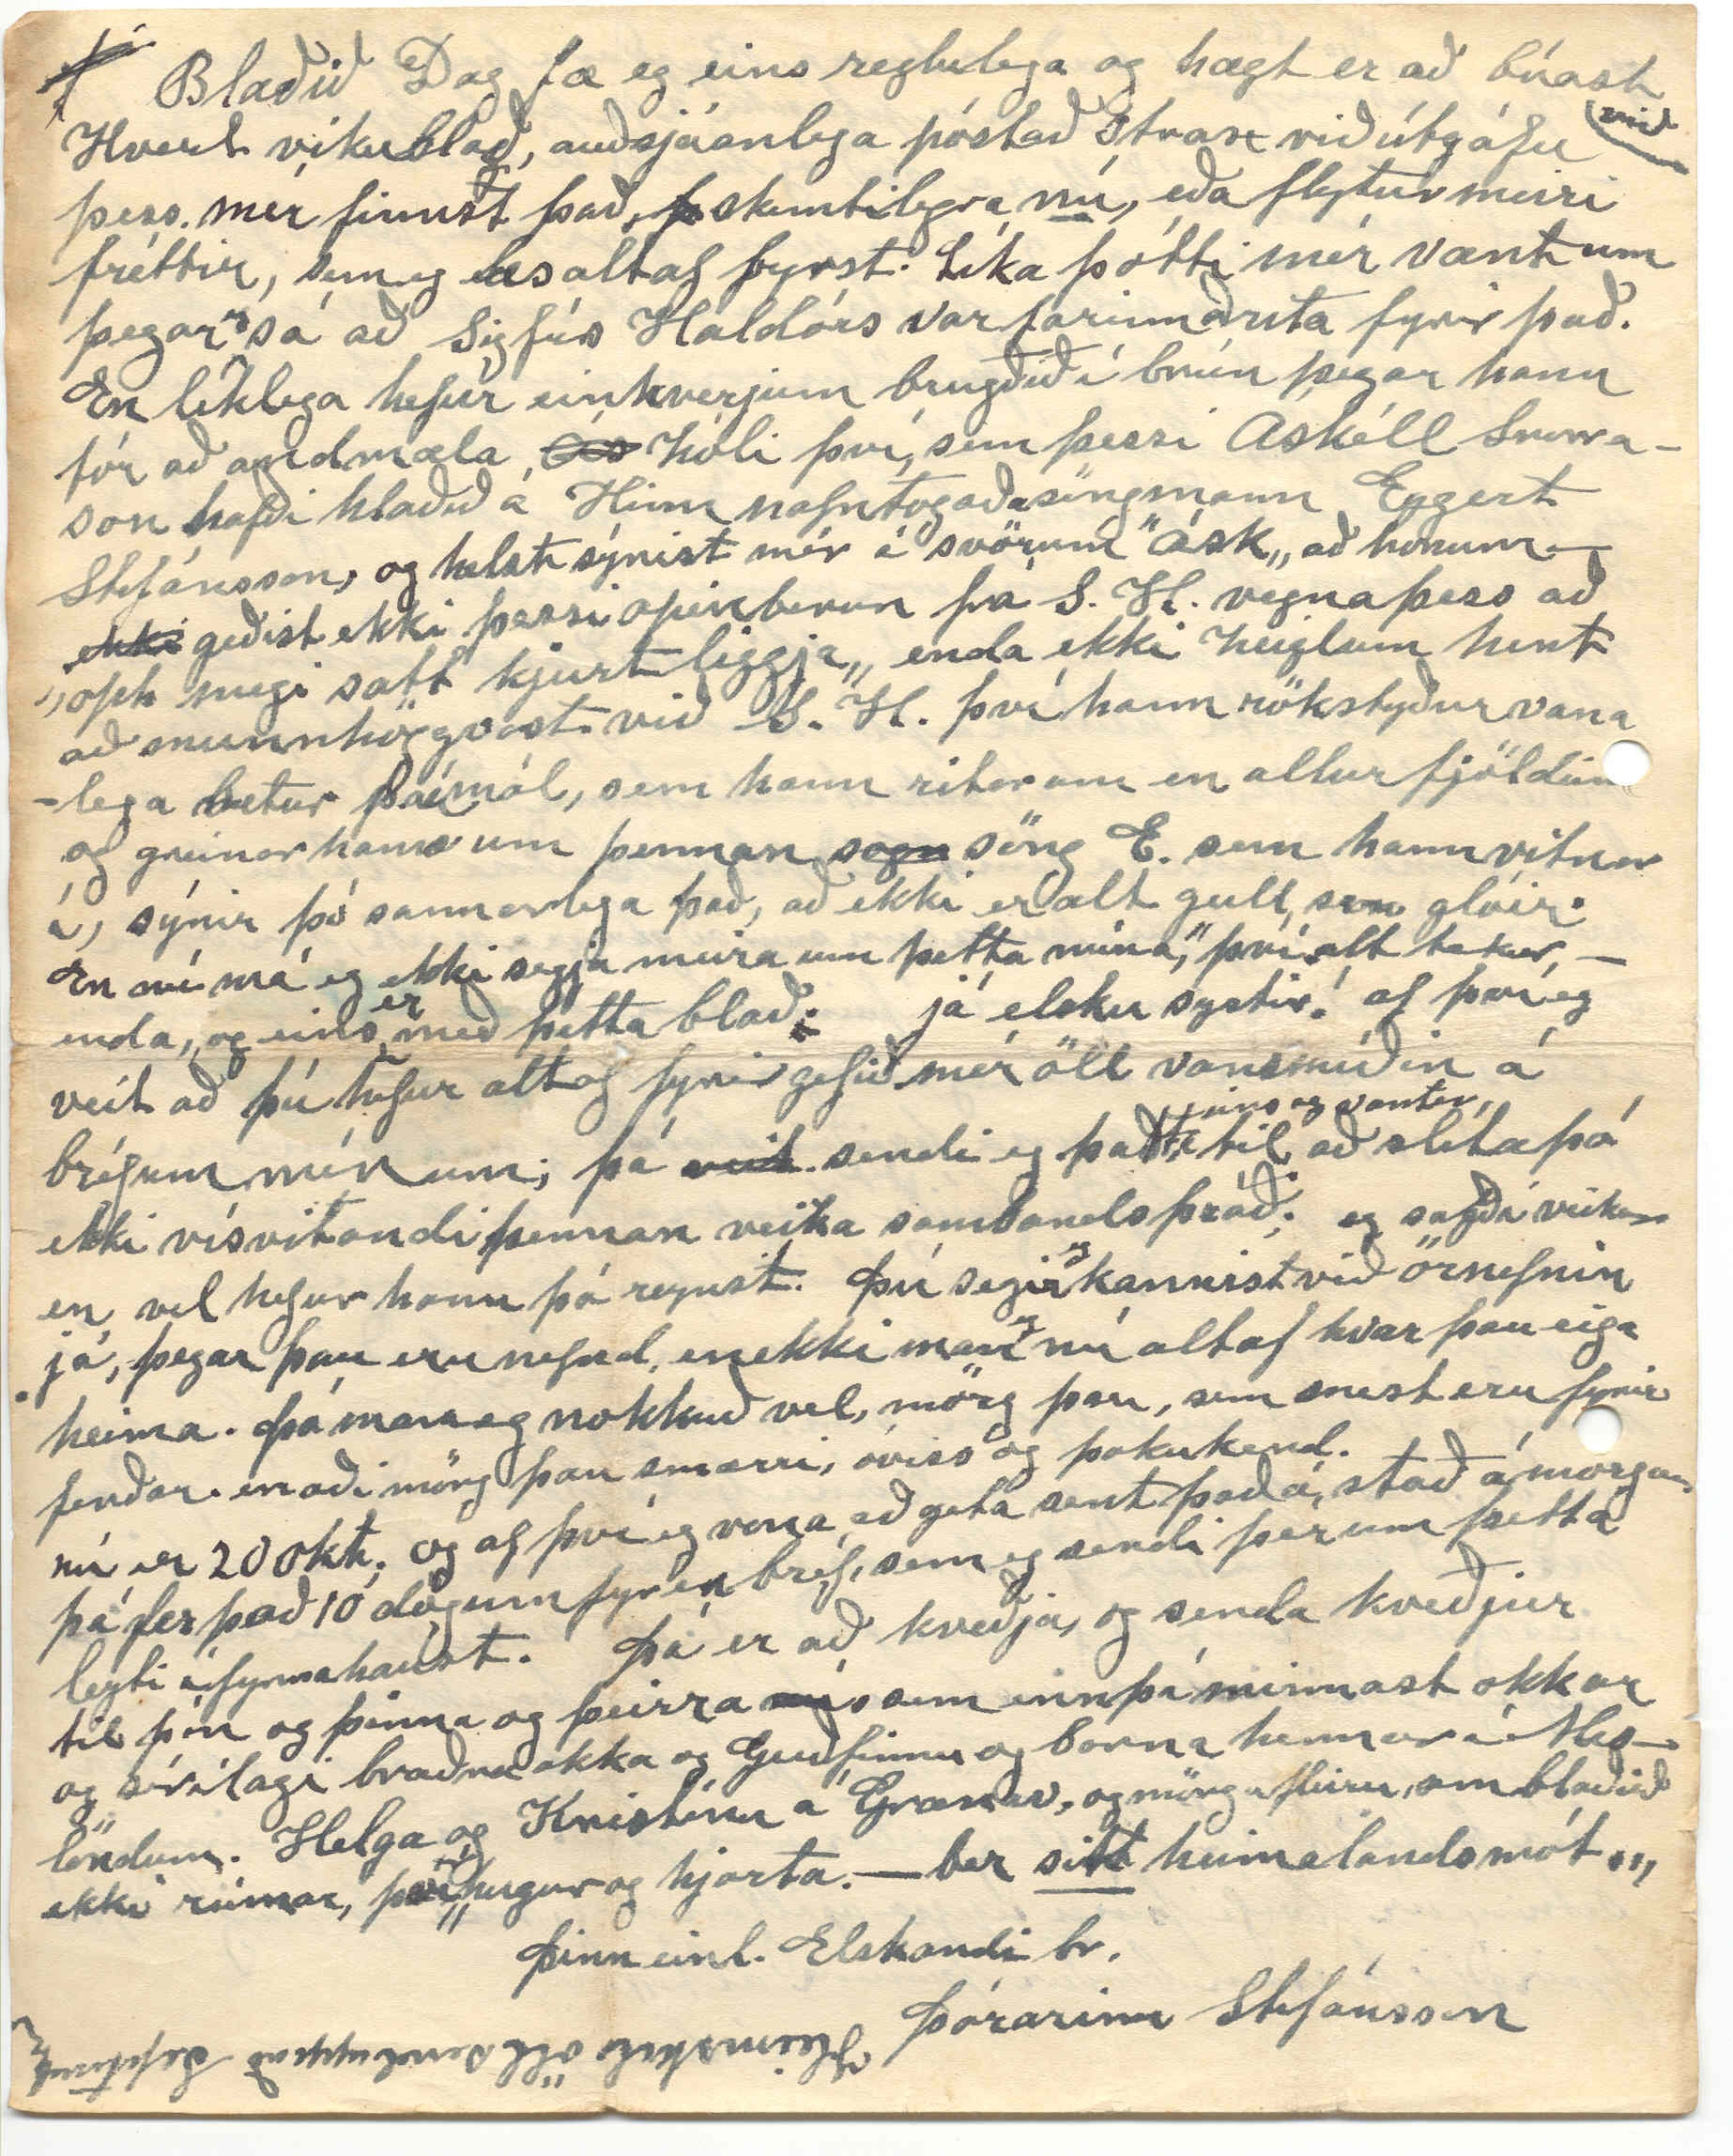

Gleðileg Jól
(Box 30) Winnipegosis Man. Canada
11. Okt. 1932
Elsku systir!
Þetta sumar er nú á förum og þegar eg lít yfir reikningana, ség ég að það hefur liðið án þess eg hafi sent ykkur nokkurn bréfsnepil; og til að reyna að friða samviskutetrið, (ef hún er þá ekki gegnfrosin) og byrja að marka eithvað á þetta blað. Og
býrja
þá er fyrst að þakka af heilum hug og hjarta fyrir 2 bréf. Hjálmars bréf kom 7
nd
sept. og þitt 3ja þ.m; sem eru mér eins og altaf áður andlegar svalal
y
indir; sihreinar hollar og hressandi Um tíðarfarið er það að segja að vorið var mikið mildara en vanalega og sumarið eins; ekki ofsahitar nema 2-3 daga í senn hæfilegar úrkomur, og graspretta vel í meðalagi, og heyannir gengu vel; drengir okkar Björn og Þórarinn heyjuðu 150 tonn hvert tonn, 2000. pund eða 10 hestar eins og þú máski veist. en svo þurfum við sjálf ekki alt það hey fyrir okkar skepnur, en altaf gott að hafa nóg af því, og afganginn selja þeir þá, bæði börnum okkar, sem búa í bænum, sem hafa eina - 2 kýr hvert og ymsir fleiri sem búa í bænum; águst Sept. og það sem af er þ.m verið óvanalega stormasamt, og núna í nokkra daga kuldastormar og í gærmorgun var víkin hér fyrir frama öll skænd en í dag brotið upp nema hrannir við land; samt engin snjór komið enn, en hlínar líklega ekki fyr enn hann er búinn að riðja þannig
kroppana
. Eg er fyrir löngu orð
in
óbrigl l
óbrigðull loftmælir, til d. að um 15 sept. mesta blíðuveður þann dag allan þá um
l
morguninn kendi eg mér enkis meins, þangað til alt í einu þegar eg var að rétta mig upp frá að hella mjólhrær
ing í svinadallinn, fanst mér eins og
t
spjalhryggurinn
væri
allur stunginn með mörgum nálaroddum í senn. og gat ekki rétt
mig
upp, og högti hokinn í marga daga á eftir og ekki almennilega úr mér enn, en um kveldið nefndan dag, kom ofsa norðan rok með kulda og rigning og hélst í 3 daga, og þá settum við í stand ofninn og síðan kint í honum af og til kveld og morgna, og núna meðan eg er að skrifa þetta, leggur hitann frá honum í bakið á mér; annars hefur gigt sjaldan bagað mig lengi í senn; en svo er þarflaust að vera fjölyrða um það, þessi ihlaup eru ”haustvinda máttarhljóð;
þvi
hnigin er rósin góð„ eins
og
gamli Jón Hinnriks kvað; einusinni í brúðkaupi; haustið 84 Þegar Helgi frændi gifti sig. annars hefur heilsan verið bærileg Stjana var samt veik um tíma í júní var snertur af taugaveiki, en nú orðin vel frísk, og byrjaði skólakennzlu í endann á águst. Árnína eignaðist dreng snemma í apríl; hann heitir Walther Björn. Og Stína stulku í byrjun sept. hún heitir Ólína Þórdýs. Snemma í Júní fengum við hér ”óvænta heimsókn„ Hjálmar Helgason frændi og Þorgeir sonur hans, keyrðu hér í hlaðið á laugardagskveld í stórum og fallegum Bíl við höfðum ekki sést í 30 ár eða síðan eg flutti hingað, svo þú mátt geta nærri hvað það hafi verið gaman fyrir okkur að mætast, enda spöruðum við ekki málbeinin meðan hann tafði, sem var 2 nætur, lögðum saman að kalla dag og nótt, og altaf að kalla
fram og a
flugu æskuminningarnar fram og aftur á milli
á milli
okkar. Og studdum eftir mætti hvorn annan að rifja upp og rekja sporin, sem við vissum nú reyndar vel að fokið er
og
í fyrir löngu að vissu leiti en samt fundum við þau sjálfir býsna mörg og höfðum
getað rakið þau mikið lengra, ef tími hefði enst til og fórum við þó hratt yfir. Fórum boðleið eins og þingboðið um sveitini í gamla dag; skuppum austur á Hólssan með Arnfríði mágkonu þinni, og Sígriði á Helluvaði sem fór í kynnisför í Grímstaði, og fylgdarsveinn hennar þá Jonni Sigurosar þá drengur. Glímdum við gamla Kristján Jóhannso ”ríka„ þá í Fagradal, fórum sama kveldið til baka yfir Jökulsá
á
sem var með ótal smáaugum sem strauma
froða
froða
sauð í og vörum rétt komin uppá vesturbakann þegar hún ruddi sig; komum niður að Strönd seint um nótt og Hjálmar segir að við Guðný systir hans höfdum
fy
farið að syngja eftir að við vorum búnir að fá okkur hressingu og þur föt því við
við
vorum votir uppí klöf; og máski ”dofið„ líka. ”Ef það er minn grunur„ en hvað um það þar kvöddumst við H síðast á Ílandi því það sumar mún H. hafa farið alfarinn úr sveitinni. Í sumar kvöddumst við þarí grend, mintumst þar, (máski í síðsta sinn) við hrafna Óðins ”Hug og Mun„ þó hefðum ekki leitað - af okkur allann grun. Þetta sumar hefur því verið okkur hagstætt, þér og mér á líka vísu, og skil því vel, hvað það hefur verið þér og ykkur til mikillar ánægju er Dr. Jón sonur þinn kom til þín með hópinn sinn. í samband við Hjálmar, dettur mér í hug að spyrja þig hvort Guðfinna Guðnadóttir
Grænavatni
, fékk bréfmiða, sem eg sendi henni 2 maí s.l. Í því skyni að hún máski vildi komast í bréfasamband við H. þennan frænda og æskuleikbróðir, af því þú sagðir mér að hún hefði óskað eftir að fá eitthvað að frétta af honum. Svo að. ef hann vildi þá gera
sk
slíkt
sama eð borga í sömu mynt, þá gæti það orðið báðum til gleði. Eg sagði H frá þessu þegar við sáumst í sumar, og fannst mér hann verða glaður yfir ef það gæti komist í framkvæmd. Enda yrði það alt greinilegra, heldur en ef eg færi að marka niður í mín bréf ymistlegt, sem drifið hefur á daga hans hér í landi töluðum mest um gamla daga, eins og áður er sagt. Hann er nálægt 4 árum yngri en eg, og sýnist vel ern og hvikur í hreyfingum rauði kollurinn
nú hítur
hvítur nú; málrómurinn skarpur og hreinn og opinskár, samt hóflega; Sver sig mikið í ættirnar Kolbeins og Helga. og erft þaðan talsvert af því, sem nauðsýnlegt er að berjast heiðarlegri og góðri baratt í lífinu láta ekki troða á sér að óþörfu, að ógleymdum drengskap og dáð. auðvitað mætti nú þetta
kalla
ættaraup í mér; þar, sem skeggið er svo skilt hökunni; en læt það þó flakka í prívat bréfi til þín, enda meining mín að lýsa þessu
m
frænda okkar einog hver vandalaus maður kemur mér fyrir sjónir.
Þó engar fréttir eða fróðleikur verði í því hjá mér, langar mig til að minnast ögn á eitt atriði í bréfi þínu, er þú minnist á skilnað þeirra B. frænda heitins og Soffíu. því þú minnist þar á nýja ”aðila„ sem eg hafði ekki heyrt um áður. Eg verð að viðurkenna það að eg hef ekkert fyrir mér í
því
máli mínu annað en það, sem fólk hér vestra sagði mér fyrst eftir að eg
til
kom til N. - Dakota. Vildi ekki leita
eftir neit
neinna upplýsinga um það við Baldvin sjálfan; það var einkamál, sem mér kom ekki við og hygg
að aðrir hafi haft meira arð á en hann sjálfur. enda eru þesskonar mál reglulegur kvalreki fyrir sumt fólk. fólk, sem hvorki kærir sig um rök né orsakir. En þessi maður, sem eg heyrði að
Sem eg
Soffía hefði átt að hafa verið í þingum
við
, var nefndur Gísli og það með að hann hefði verið úr sama plássi og Baldvin bjó
í
á Íslandi, en þrátt fyrir það má það eins vera að það sé alt sami maðurinn og þú getur um, en manst ekki
á
, nafnið á. En hvort, sem nokkur flugufótur hefur verið í þessum orðróm um
með
Soffíu eða ekki, þá
þá
mun það rétt,
b
að bún bjó í æði
mörg
ár eftir að B fór; með þeim manni, sem sagt var að
Soffía
hún hefði, haldið við
E
Í æfiminning B. sést að hann kom til N-Dak 7 árum eftir að hann fór af íslandi, eða 1880 og þó þess sé ekki getið í æfiminning hans, þá fluttu sum af börnum hans þangað rétt á eftir. t.d.
Helga
og maður hennar og Friðrika var þar
ek
líka eitthvað, en
f
var farin til baka aftur þegar eg kom þangað. 89 sömuleiðis Baldvin Tryggði og Jósafað Helgi; og hef eg getið þeirra í bréfi áður. Líka sá eg þess getið í einhverju riti másk bók Thórstínu að Ásgeir hafi verið þar þá líka; en það mun
ekki
vera rétt. Eg minnist á þetta af því að þér hefur verið sagt að ekkert af börnunum hafi fylgt Baldv.
Og
En af því
eg
veit að
eg að
eg er búinn að orðlengja þetta helst til mikið, þá hygg eg að okkur myndi koma saman um
að
dæma málið með gamla málshættinum; að sjaldan veldur einn o.s.frv.
15 okt.
Sunnud.
Laugard. Norðan stormur og hríðarkólga í lofti, samt ekki mjög kalt og víkin hér varð íslaus aftur. Stefán okkar hefur verið hér hjá okkur að hjálpa drengjum
til að
við að laga til og byggja kindahús og kálfakofa, líka byggdu þeir dálítið hús til að geyma í ymislegt, drasl; einng dálítið af smíðatólum bæði fyrir tré og járn, sem kemur sé vel að hafa
við smáaðgerðir, þó hvorki eg né synir mínir, séu nú miklir smiðir, en þegar eg hef lítið að gera, eða get ekki sumt sem þarf að gera, labba eg útí smiðjuna; eitthvað að banka sundur eða saman, og ef eg sé þá enga þörf í að kveika á aflinum, tek eg hamarinn og lem honum á kaldann steðjann, bara til að finna hvort hann geti bergmálað gamlar raddir. t.d. þær, sem maður heyrði
þegar maður heyrði
stundum fyrst á morgnana þegar pabbi var að dengja ljáini, já það er undarlegt sambland a
ð
f sorg og gleði í söngröddum steðjans. ”Strandar-Jóns á Steðja, storkar riðið„ Þetta ryfjar upp minningarna okkar um steðjann
þ
hans föður okkar og margra annara. En þetta er nú líklega útúrdúr.
Nafna þín og maður hennar fluttu sig
frá
Kamsack í águst í sumar, þar, sem þau hafa átt heima yfir 20 ár, og eru nú í Port Arthur Onterio um 5 - 600 mílur austur frá Winnipeg; sá bær stendur á norðurströnd vatns, heitir ”Lake Supperior„ maður nöfnu þinnar hefur þar nú stöðugri vinnu en hann hafð 2 síðustu árin í Kamsack. Hann vinnur alfaf fyrir sama jarnbrautarfélagið; hefur nú unnið fyrir það nú, nær 30. ár. Efnalega held eg þau séu vel stæð. En nöfnu þína höfum við ekki séð í 3- ár, og nú er hún mikið lengra í burtu en áður. Aðalbjörg og maður hennar altaf í sama stað, - Minniota Minnsota. og líður þeim allvel að eg held.
Sunnud. 16. okt. Það gerði snjóföl í nótt, s.l. gott veður í dag en skýjakapa í lofti. Gæsirnar eru nú daglega að selflytja sig, en mikið enn þá a
ð
f andfugli á vatninu. svo þeir búast ekki við að það frjósi bráðlega; samt er talsvert af smáfuglum hér allan veturinn. t.d. Svölur (”Swallows„) Þær halda
til
oft margar í fjósunum og í heystokkunum við fjósin, verpar þar og unga út á
sumr
á sillum og bitum; enkum þykir þeim gott að vera í
hesthúsinu því það er hærra. Bygðum það fjós fyrir 12 - 14 árum, mænir ásinn er plánki 1 1/2 þml. þykkur og 10 þml. breiður, lóðrettur á röð, og hvilir á stuttum stoðum, sem ná niður á 2 bita, sem liggja
frá
þvert yfir fjósið 7 fet frá gólfi. Næsta sumar eftir að það var bygt tók eg fyrst eftir því að
þ
svölur vor með unga í hreiðri, sem þær hefðu
hefðu
búið sér til utan í planka hliðinni, og af því eg hafði aldrei séð þannig bygt hreiður áður, horfði eg á það með undrun. Fleiri vinna enn mennirnir datt mér hug; Þarna höfðu þær unnið að, veit ekki hvað lengi, að líma leir”Clay„ á lóðrétta hliðina á plankanum; þangað til þetta er orðið að dálítilli leirskál, ekkert undir henni til að hvila á bara svona haganlega lím
d
t við planakaliðina. Nú eru þessi hreiður orðin 5. fjögur á þeirri sem snýr að glugga og eitt, sem byrtu ber á frá vindauga; ungar voru í þeim öllum í sumar. 2 og 3 og 4. í því elsta, sem enn er eins sterkt og stöðugt, eins og þegar það var bygt fyrir 12 -14 árum. 1. svona hriður skoðað eg nakvæmlega í sumar, sem þær höfðu búið
til
í hænsnahúsi, sem við rifum niður, og var orðið fúið. Aðalefnið, í því leir eins og i hinum en þegar eg braut það í sundur var innan
undir
leirhuðinni margir
00ingir
af hárfínu sölgrasi, sem mikið
er
af í flæðarmáli vatnsins, og þessu dáamlega smíði sínu ljúka þær með því að fóðra það með þunnu lagi af ull, enda eru afkvæmin þeirra nakin eins og maðurinn, þegar þau fæðast. Þó þetta sé nú
auðvitað
sjálfsagt ekki
ein00æmi
einsdæmi, þá er það þó ekkert smáræðis hugvit, sem í því felst. Veit þó ekki kæra systir nema þér þyki
eg
helst til langorður um það. En eg sný einni setning úr bréfi þínu uppa sjálfan mig,
með
Þannig ”að þú fyrirgefir þessum bróður þínum alt„.
í hverju
Blaðið Dag fæ eg eins reglulega og hægt er að búast
við
Hvert vikublað, auðsjáanlega póstað strax við útgáfu þess. mér finnst það
þ
skemtilegra
nú
, eða flytur meiri fréttir, sem eg les altaf fyrst. Líka þótti mér vænt um þegar
eg
sá að Sigfús Haldórs var farinn að rita fyrir það. En líklega hefur einhverjum brugðið í brún þegar hann fór að andmæla
Ás
hóli því, sem þessi Áskéll Snorrason hafði hlaðið á Hinn nafntogaða söngmann Eggert Stefánsson, og helst sýnist mér í svörum ”Ásk„ að honum
ekki
geðist ekki þessi opinberun frá S. H. vegna þess að ”opt megi satt kjurt liggja„ enda ekki heiglum hent að munnhöggvast við S. H. því hann rökstyður vanalega betur þau mál, sem hann ritar um en allur fjöldinn og greinar hans um þennan
sogn
söng E. sem hann vitnar í, sýnir þó sannarlega það, að ekki er alt gull sem glóir. En nú má ekki segja meira um þetta núna, ”því alt tekur enda„ og eins
er
með þetta blað.
já elsku systir! af því eg veit að þú hefur altaf fyrirgefið mér öll vansmíðin á bréfum mínum; þá
veit
sendi eg þa
ð
tta
eins og vant er
til að slíta þó ekki vísvitandi þennan veika sambandsþráð; og sagði veikur en vel hefur hann þó reynst. Þú segir
eg
kannist við örnefnin já, þegar þau eru nefnd, en ekki man
eg
nú altaf hvar þau eiga heima. Þó man eg nokkuð vel, mörg þau, sem mest eru fyrirferðar. en æði mörg þau smærri, óviss og þokukend.
nú er 20 okt. og af því eg vona að geta sent það á stað á morgun þá fer það 10 dogum fyr en bréf, sem eg sendi þér um þetta leyti í fyrrahaust. Þá er að kveðja, og senda kveðjur til þín og þinna og þeirra
00
, sem ennþá minnast okkar og sérílagi bræðra okka og Guðfinnu og barna hennar í Neslöndum. Helga og Kristínu á Grænav, og mörgu fleiru, sem blaðið ekki rúmar, því ”hugur og hjarta. - ber
sitt
heimalandsmót„,
Þinn einl. Elskandi br.
Þórarinn Stefánsson
Heimskrl öll send upp að September